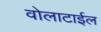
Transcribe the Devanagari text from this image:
वोलाटाईल